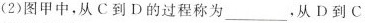
(2)图甲中，从C到D的过程称为___，从D到C